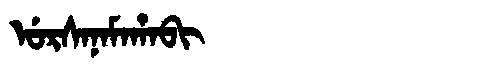
Manchu: ᡠᡵᠰᠠᠨᠠᠮᠠᡥᠠᠪᡳ
Romanization: URSANAMAHABI